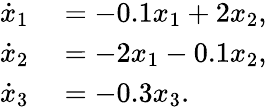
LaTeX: \begin{array}{rl}{\dot{x}_{1}}&{{}=-0.1x_{1}+2x_{2},}\\ {\dot{x}_{2}}&{{}=-2x_{1}-0.1x_{2},}\\ {\dot{x}_{3}}&{{}=-0.3x_{3}.}\end{array}